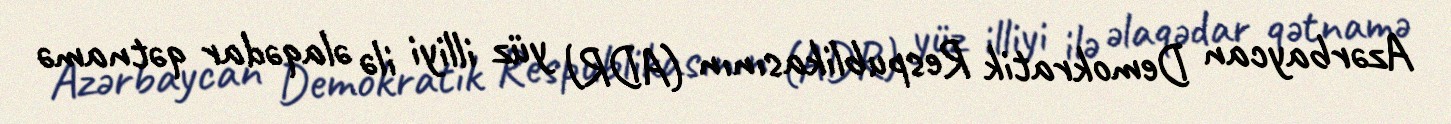
Azərbaycan Demokratik Respublikasının (ADR) yüz illiyi ilə əlaqədar qətnamə